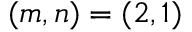
( m , n ) = ( 2 , 1 )